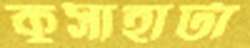
কুসাহাটা